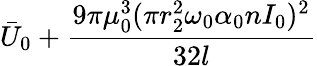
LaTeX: \bar{U}_{0}+\frac{9\pi\mu_{0}^{3}(\pi r_{2}^{2}\omega_{0}\alpha_{0}nI_{0})^{2}}{32l}